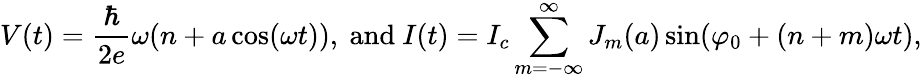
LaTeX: V(t)={\frac{\hbar}{2e}}\omega(n+a\cos(\omega t)),{\mathrm{~and~}}I(t)=I_{c}\sum_{m=-\infty}^{\infty}J_{m}(a)\sin(\varphi_{0}+(n+m)\omega t),